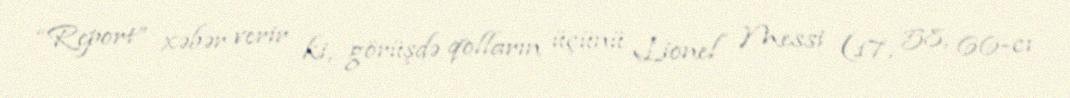
“Report” xəbər verir ki, görüşdə qolların üçünü Lionel Messi (17, 58, 66-cı